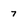
Character: 7